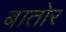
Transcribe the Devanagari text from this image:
बातोर